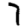
Digit: 7